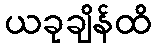
ယခုချိန်ထိ